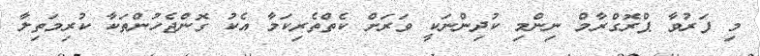
މި ފަރުވާ ޕްރޮގްރާމް ނިންމި ކުދިންނަކީ ވަރަށް ކެތްތެރިކަމާ އެކު ގޮންޖެހުންތަކާ ކުރިމަތިލާ